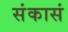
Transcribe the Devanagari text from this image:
संकासं